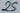
Text: 255